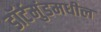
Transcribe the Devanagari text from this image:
डॉर्टमुंडमधील